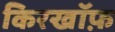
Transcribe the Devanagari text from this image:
किरखॉफ़